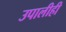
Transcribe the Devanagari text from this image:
उपालीही